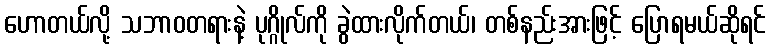
ဟောတယ်လို့ သဘာဝတရားနဲ့ ပုဂ္ဂိုလ်ကို ခွဲထားလိုက်တယ်၊ တစ်နည်းအားဖြင့် ပြောရမယ်ဆိုရင်